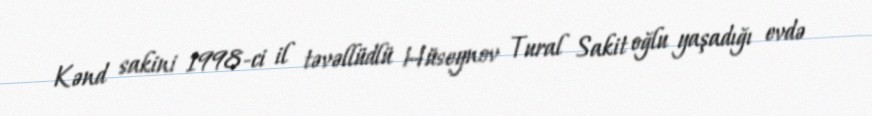
Kənd sakini 1998-ci il təvəllüdlü Hüseynov Tural Sakit oğlu yaşadığı evdə